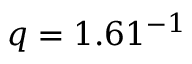
q = 1 . 6 1 \AA ^ { - 1 }